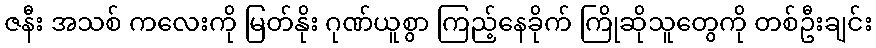
ဇနီး အသစ် ကလေးကို မြတ်နိုး ဂုဏ်ယူစွာ ကြည့်နေခိုက် ကြိုဆိုသူတွေကို တစ်ဦးချင်း